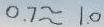
0 . 7 \approx 1 . 0